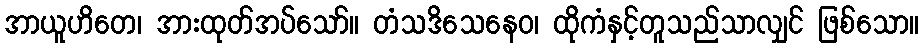
အာယူဟိတေ၊ အားထုတ်အပ်သော်။ တံသဒိသေနေဝ၊ ထိုကံနှင့်တူသည်သာလျှင် ဖြစ်သော။